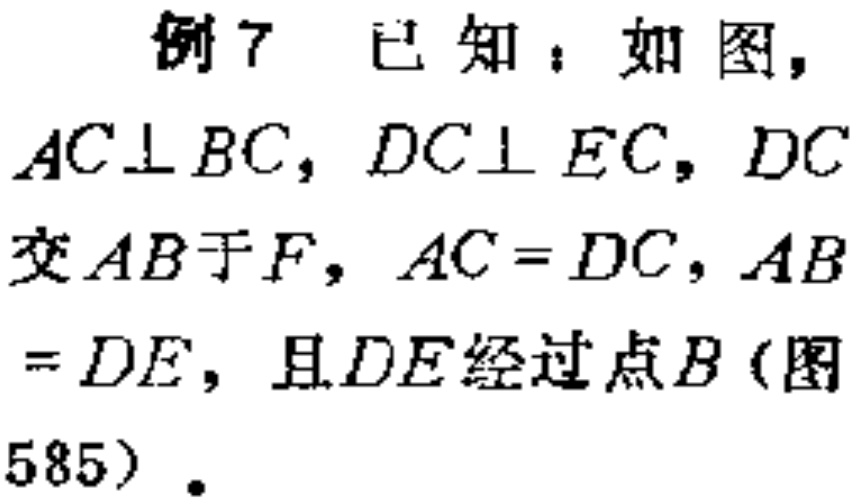
例7 已知：如图，
$AC\perp BC$，$DC\perp EC$，$DC$
交$AB$于$F$，$AC = DC$，$AB$
$= DE$，且$DE$经过点$B$（图
585）.